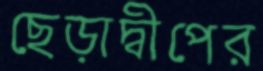
ছেড়াদ্বীপের